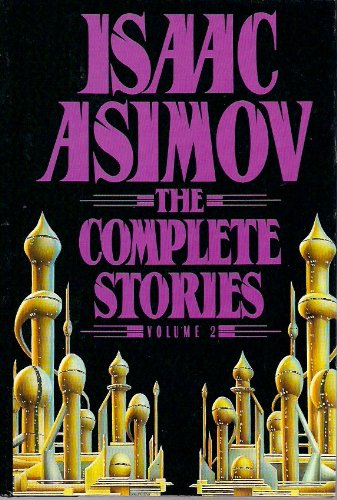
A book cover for The Complete Stories, Vol. 2; Isaac Asimov; Science Fiction & Fantasy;